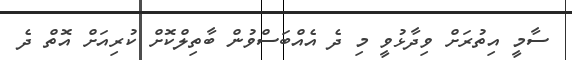
ސާމީ އިތުރަށް ވިދާޅުވީ މި ދެ އެއްބަސްވުން ބާތިލްކޮށް ކުރިއަށް އޮތް ދެ